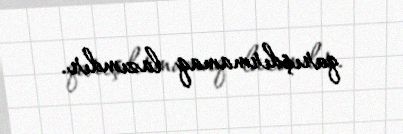
qarışdırmamaq lazımdır.